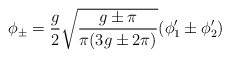
\begin{align*}\phi_{\pm}=\frac{g}{2}\sqrt{\frac{g\pm\pi}{\pi(3g\pm 2\pi)}}(\phi_1'\pm \phi_2')\end{align*}